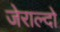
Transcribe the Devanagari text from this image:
जेराल्दो